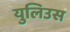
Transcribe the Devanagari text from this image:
युलिउस